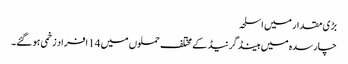
بڑی مقدار میں اسلحہ
چارسدہ میں ہینڈ گرنیڈ کے مختلف حملوں میں 14 افراد زخمی ہو گئے۔